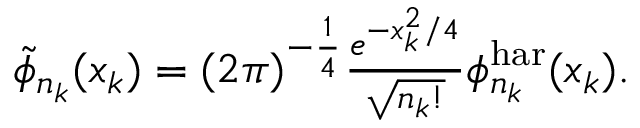
\begin{array} { r } { \tilde { \phi } _ { n _ { k } } ( x _ { k } ) = ( 2 \pi ) ^ { - \frac { 1 } { 4 } } \frac { e ^ { - x _ { k } ^ { 2 } / 4 } } { \sqrt { n _ { k } ! } } \phi _ { n _ { k } } ^ { \mathrm { h a r } } ( x _ { k } ) . } \end{array}